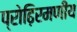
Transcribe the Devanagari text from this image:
प्रोढ़िरमणीय